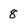
Character: 8